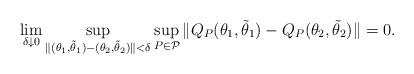
LaTeX: \begin{align*}\lim_{\delta\downarrow 0}\sup_{\|(\theta_1,\tilde{\theta}_1)-(\theta_2,\tilde{\theta}_2)\|<\delta}\sup_{P\in\mathcal P}\|Q_P(\theta_1,\tilde{\theta}_1)-Q_P(\theta_2,\tilde{\theta}_2)\|=0.\end{align*}